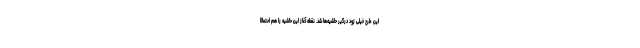
این طرح خیلی زود درگیر حاشیه‌ها شد. نقطه آغاز این حاشیه را هم احتمالا